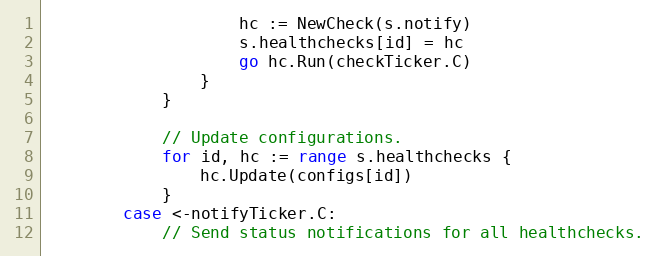
Language: Go
					hc := NewCheck(s.notify)
					s.healthchecks[id] = hc
					go hc.Run(checkTicker.C)
				}
			}

			// Update configurations.
			for id, hc := range s.healthchecks {
				hc.Update(configs[id])
			}
		case <-notifyTicker.C:
			// Send status notifications for all healthchecks.